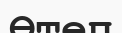
Өтеп